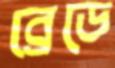
ব্রেডে